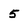
Character: 5